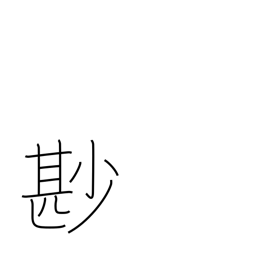
Meaning: not a little